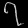
Digit: ၇